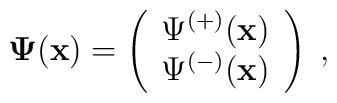
{\bf \Psi}({\bf x})=\left(\begin{array}{c}\Psi^{(+)}({\bf x})\\ \Psi^{(-)}({\bf x}) \end{array}\right)\;,